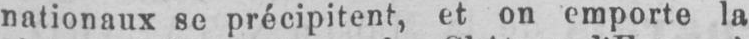
nationaux se précipitent, et on emporte la